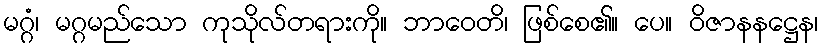
မဂ္ဂံ၊ မဂ္ဂမည်သော ကုသိုလ်တရားကို။ ဘာဝေတိ၊ ဖြစ်စေ၏။ ပေ။ ဝိဇာနနဋ္ဌေန၊